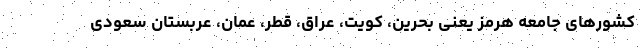
کشورهای جامعه هرمز یعنی بحرین، کویت، عراق، قطر، عمان، عربستان سعودی